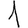
Digit: 1